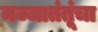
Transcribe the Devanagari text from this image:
मज्जातंतूंचा